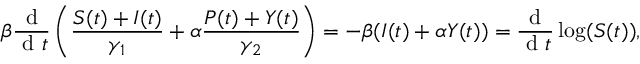
\beta \frac { \mathrm { ~ d ~ } } { \mathrm { ~ d ~ } t } \left( \frac { S ( t ) + I ( t ) } { \gamma _ { 1 } } + \alpha \frac { P ( t ) + Y ( t ) } { \gamma _ { 2 } } \right) = - \beta ( I ( t ) + \alpha Y ( t ) ) = \frac { \mathrm { ~ d ~ } } { \mathrm { ~ d ~ } t } \log ( S ( t ) ) ,